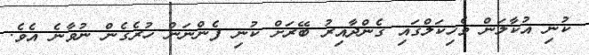
ކުނި އުކާލަން ވެހިކަލްގައި ގެންދާއިރު ބޭރަށް ކުނި ފެންނަން ހުރެގެން ނުވާނެ އެވެ.